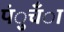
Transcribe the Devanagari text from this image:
पंुचँा